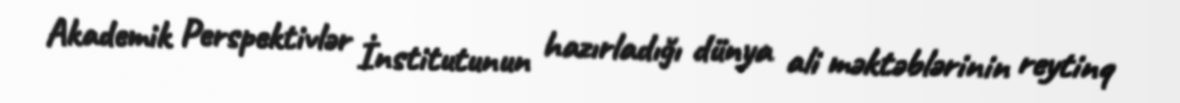
Akademik Perspektivlər İnstitutunun hazırladığı dünya ali məktəblərinin reytinq